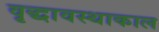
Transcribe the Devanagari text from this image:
वृद्धावस्थाकाल